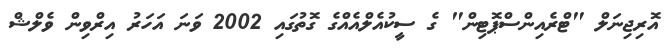
އޮރިޖިނަލް "ޓްރެއިންސްޕޮޓިން" ގެ ސީކުއެލްއެއްގެ ގޮތުގައި 2002 ވަނަ އަހަރު އިރްވިން ވެލްޝް